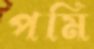
পমি